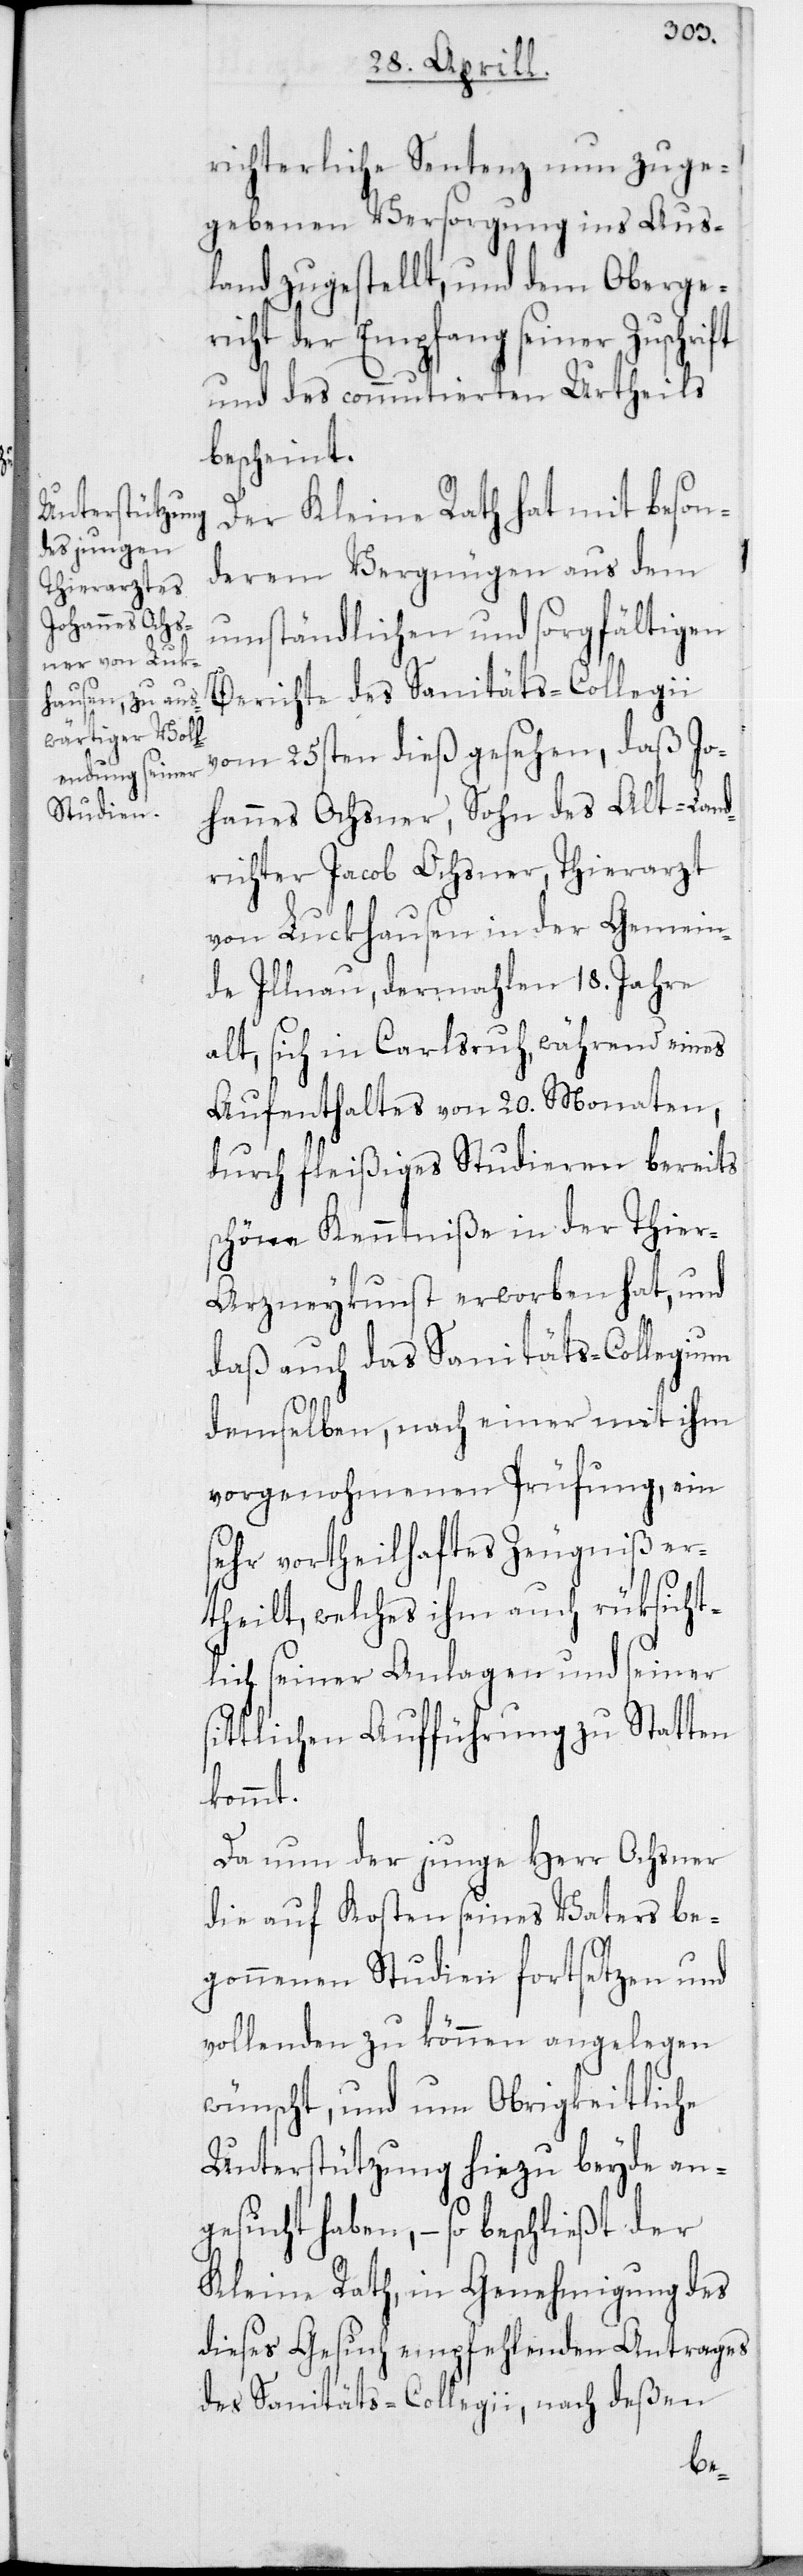
richterliche Sentenz nun zuge¬
gebenen Versorgung ins Aus¬
land zugestellt, und dem Oberge¬
richt der Empfang seiner Zuschrift
und des commutierten Urtheils
bescheint.
Der Kleine Rath hat mit beson¬
derem Vergnügen aus dem
umständlichen und sorgfältigen
Berichte des Sanitäts-Collegii
vom 25sten dieß gesehen, daß Jo¬
hannes Ochsner, Sohn des Alt-Land¬
richter Jacob Ochsner, Thierarzt
von Luckhausen in der Gemein¬
de Illnau, dermahlen 18. Jahre
alt, sich in Carlsruhe, während eines
Aufenthaltes von 20. Monaten,
durch fleißiges Studieren bereits
schöne Kenntniße in der Thier-A¬
rzneykunst erworben hat, und
daß auch das Sanitäts-Collegium
demselben, nach einer mit ihm
vorgenohmenen Prüfung, ein
sehr vortheilhaftes Zeugniß er¬
theilt, welches ihm auch rüksicht¬
lich seiner Anlagen und seiner
sittlichen Aufführung zu Statten
kommt.
Da nun der junge Herr Ochsner
die auf Kosten seines Vaters be¬
gonnenen Studien fortsetzen und
vollenden zu können angelegen
wünscht, und um Obrigkeitliche
Unterstützung hiezu beyde an¬
gesucht haben, – so beschließt der
Kleine Rath, in Genehmigung des
dieses Gesuch empfehlenden Antrags
des Sanitäts-Collegii, nach deßen